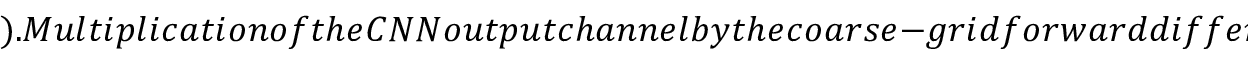
) . M u l t i p l i c a t i o n o f t h e C N N o u t p u t c h a n n e l b y t h e c o a r s e - g r i d f o r w a r d d i f f e r e n c e o p e r a t o r